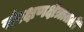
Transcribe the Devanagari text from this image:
संरक्षणक्षेत्रातली